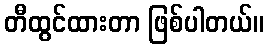
တီထွင်ထားတာ ဖြစ်ပါတယ်။